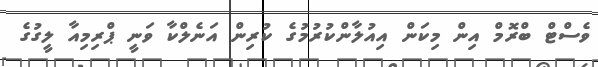
ވެސްޓް ބްރޮމް އިން މިކަން އިއުލާންކުރުމުގެ ކުރިން އަނެލްކާ ވަނީ ޕްރިމިއާ ލީގުގެ